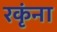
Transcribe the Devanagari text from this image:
रकृंना